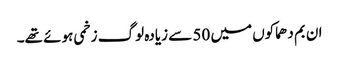
ان بم دھماکوں میں 50 سے زیادہ لوگ زخمی ہوئے تھے۔